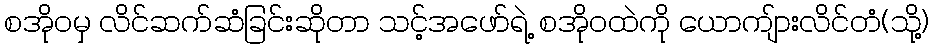
စအိုဝမှ လိင်ဆက်ဆံခြင်းဆိုတာ သင့်အဖော်ရဲ့ စအိုဝထဲကို ယောကျ်ားလိင်တံ(သို့)